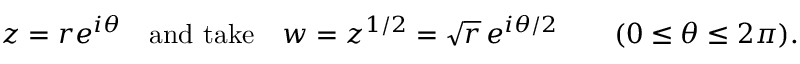
z = r e ^ { i \theta } \quad { \mathrm { a n d ~ t a k e } } \quad w = z ^ { 1 / 2 } = { \sqrt { r } } \, e ^ { i \theta / 2 } \qquad ( 0 \leq \theta \leq 2 \pi ) .